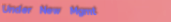
Under New Mgmt